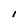
Character: i